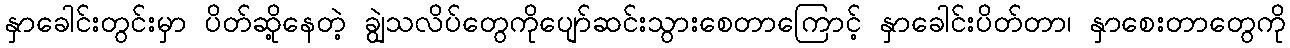
နှာခေါင်းတွင်းမှာ ပိတ်ဆို့နေတဲ့ ချွဲသလိပ်တွေကိုပျော်ဆင်းသွားစေတာကြောင့် နှာခေါင်းပိတ်တာ၊ နှာစေးတာတွေကို